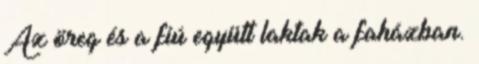
Az öreg és a fiú együtt laktak a faházban.